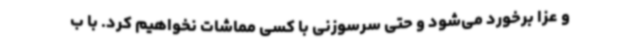
و عزا برخورد می‌شود و حتی سرسوزنی با کسی مماشات نخواهیم کرد. با ب